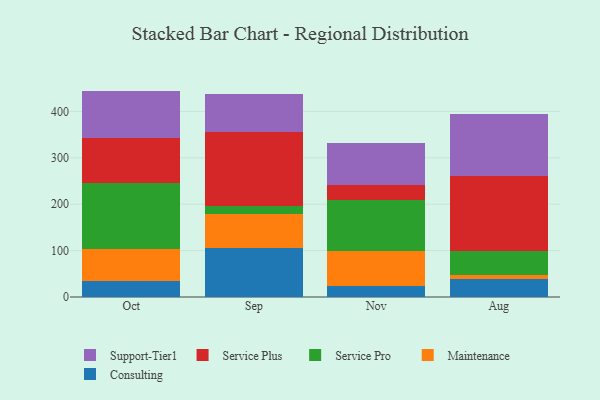
{"axis": {"x": "Month", "y": "Latency (ms)"}, "legend": ["Consulting", "Maintenance", "Service Plus", "Service Pro", "Support-Tier1"], "data": [{"x": "Oct", "y": 34.7, "type": "Consulting"}, {"x": "Oct", "y": 69.7, "type": "Maintenance"}, {"x": "Oct", "y": 140.9, "type": "Service Pro"}, {"x": "Oct", "y": 97.9, "type": "Service Plus"}, {"x": "Oct", "y": 101.1, "type": "Support-Tier1"}, {"x": "Sep", "y": 105.6, "type": "Consulting"}, {"x": "Sep", "y": 72.7, "type": "Maintenance"}, {"x": "Sep", "y": 17.4, "type": "Service Pro"}, {"x": "Sep", "y": 160.4, "type": "Service Plus"}, {"x": "Sep", "y": 82.2, "type": "Support-Tier1"}, {"x": "Nov", "y": 23.8, "type": "Consulting"}, {"x": "Nov", "y": 75.0, "type": "Maintenance"}, {"x": "Nov", "y": 109.2, "type": "Service Pro"}, {"x": "Nov", "y": 33.6, "type": "Service Plus"}, {"x": "Nov", "y": 90.4, "type": "Support-Tier1"}, {"x": "Aug", "y": 38.1, "type": "Consulting"}, {"x": "Aug", "y": 8.7, "type": "Maintenance"}, {"x": "Aug", "y": 52.8, "type": "Service Pro"}, {"x": "Aug", "y": 160.9, "type": "Service Plus"}, {"x": "Aug", "y": 133.9, "type": "Support-Tier1"}]}